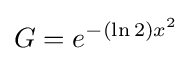
G=e^{-(\ln 2)x^{2}}